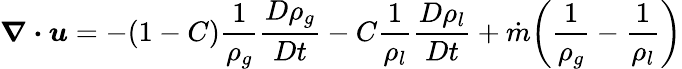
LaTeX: \boldsymbol{\nabla\cdot}\boldsymbol{u}=-(1-C)\frac{1}{\rho_{g}}\frac{D\rho_{g}}{Dt}-C\frac{1}{\rho_{l}}\frac{D\rho_{l}}{Dt}+\dot{m}\bigg(\frac{1}{\rho_{g}}-\frac{1}{\rho_{l}}\bigg)